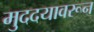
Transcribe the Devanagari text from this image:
मुददयावरून